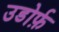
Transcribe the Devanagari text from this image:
उडोर्फ़